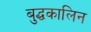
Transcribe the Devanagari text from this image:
बुद्धकालिन